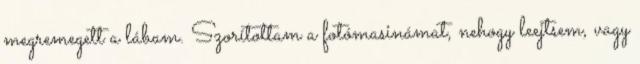
megremegett a lábam. Szorítottam a fotómasinámat, nehogy leejtsem, vagy